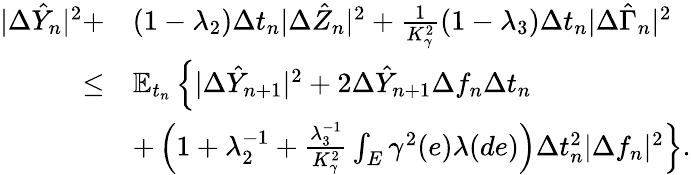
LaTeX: \begin{array}{r}{\begin{array}{rl}{|\Delta\hat{Y}_{n}|^{2}+}&{(1-\lambda_{2})\Delta t_{n}|\Delta\hat{Z}_{n}|^{2}+\frac{1}{K_{\gamma}^{2}}(1-\lambda_{3})\Delta t_{n}|\Delta\hat{\Gamma}_{n}|^{2}}\\ {\leq}&{\mathbb{E}_{t_{n}}\left\{ |\Delta\hat{Y}_{n+1}|^{2}+2\Delta\hat{Y}_{n+1}\Delta f_{n}\Delta t_{n}\right.}\\ &{\left.+\left(1+\lambda_{2}^{-1}+\frac{\lambda_{3}^{-1}}{K_{\gamma}^{2}}\int_{E}\gamma^{2}(e)\lambda(de)\right)\Delta t_{n}^{2}|\Delta f_{n}|^{2}\right\} .}\end{array}}\end{array}